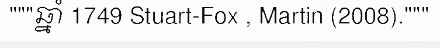
"""ឆ្នាំ 1749 Stuart-Fox , Martin (2008)."""